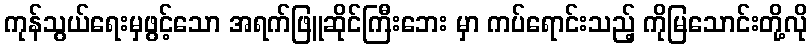
ကုန်သွယ်ရေးမှဖွင့်သော အရက်ဖြူဆိုင်ကြီးဘေး မှာ ကပ်ရောင်းသည့် ကိုမြသောင်းတို့လို